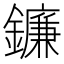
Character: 鐮